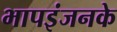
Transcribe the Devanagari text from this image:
भापइंजनके